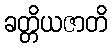
ခတ္တိယဇာတိ